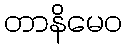
တာနိမေဝ